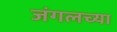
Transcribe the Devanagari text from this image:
जंगलच्या